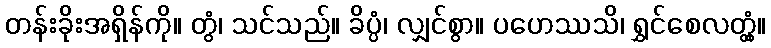
တန်းခိုးအရှိန်ကို။ တွံ၊ သင်သည်။ ခိပ္ပံ၊ လျှင်စွာ။ ပဟေဿသိ၊ ရွှင်စေလတ္တံ့။